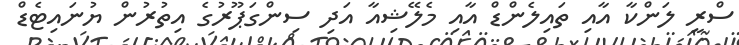
ސްރީ ލަންކާ އާއި ތައިލެންޑް އާއި މެލޭޝިއާ އަދި ސިންގަޕޫރުގެ އިތުރުން ޔުނައިޓެޑް